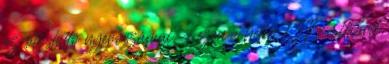
az ötöslottó nyerőszámai - ezen a héten 1,315 milliárd